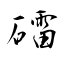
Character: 礌